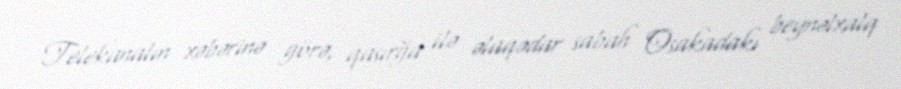
Telekanalın xəbərinə görə, qasırğa ilə əlaqədar sabah Osakadakı beynəlxalq